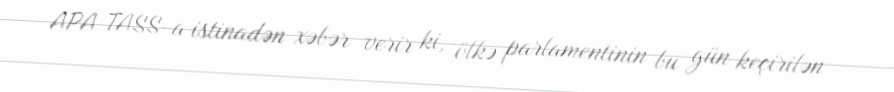
APA TASS-a istinadən xəbər verir ki, ölkə parlamentinin bu gün keçirilən